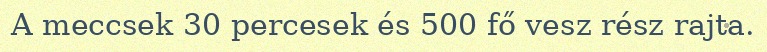
A meccsek 30 percesek és 500 fő vesz rész rajta.